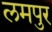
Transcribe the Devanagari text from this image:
लमपुर